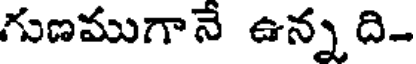
గుణముగానే ఉన్న ది-